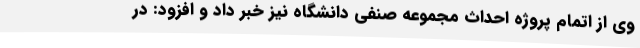
وی از اتمام پروژه احداث مجموعه صنفی دانشگاه نیز خبر داد و افزود: در